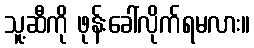
သူ့ဆီကို ဖုန်းခေါ်လိုက်ရမလား။